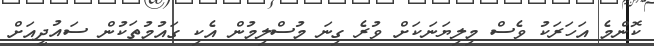
ކޮންމެ އަހަރަކު ވެސް މިލިޔަނަކަށް ވުރެ ގިނަ މުސްލިމުން އެކި ގައުމުތަކުން ސައުދީއަށް